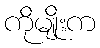
ကိုမျိုးက